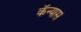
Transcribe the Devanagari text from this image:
कॅन्यास